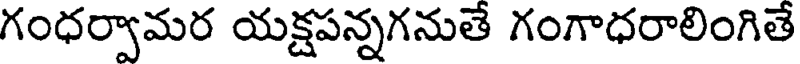
గంధర్వామర యక్షపన్నగనుతే గంగాధరాలింగితే